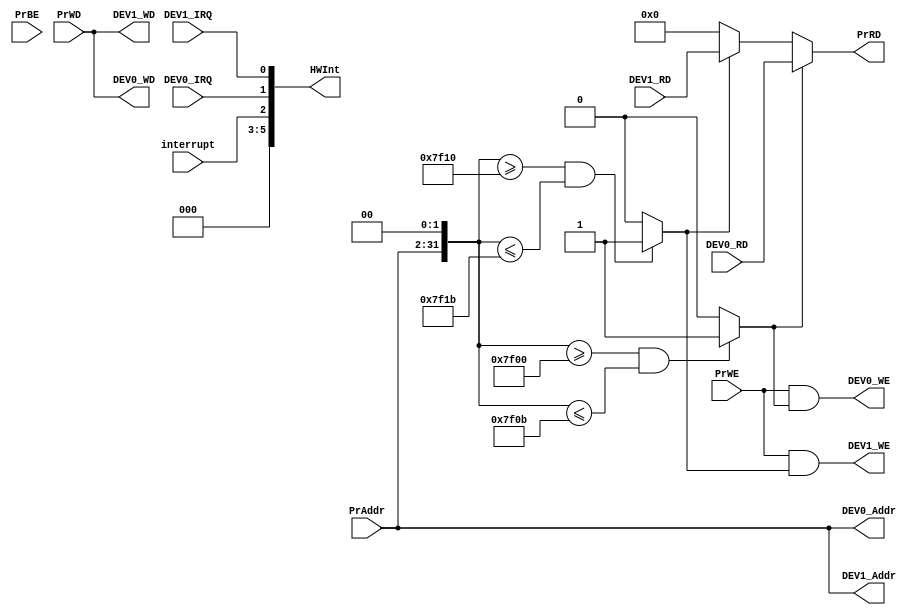
`timescale 1ns / 1ps
//////////////////////////////////////////////////////////////////////////////////
// Company: 
// Engineer: 
// 
// Design Name: 
// Module Name:    Bridge 
// Project Name: 
// Target Devices: 
// Tool versions: 
// Description: 
//
// Dependencies: 
//
// Revision: 
// Revision 0.01 - File Created
// Additional Comments: 
//
//////////////////////////////////////////////////////////////////////////////////
module Bridge(
    //cpu->timer
    input wire [31:2] PrAddr,
	 input wire [31:0] PrWD,
	 input wire PrWE,	
	 input wire [3:0] PrBE,
	 output wire [31:2] DEV0_Addr,
	 output wire [31:2] DEV1_Addr,
	 output wire [31:0] DEV0_WD,
	 output wire [31:0] DEV1_WD,
	 output wire DEV0_WE,
	 output wire DEV1_WE,
    
    //timer->cpu	 
	 input wire [31:0] DEV0_RD,
	 input wire [31:0] DEV1_RD,
	 input wire DEV0_IRQ,
	 input wire DEV1_IRQ,
	 input wire interrupt,
	 output wire [31:0] PrRD,
	 output wire [7:2] HWInt
    );
	 
	 assign DEV0_Addr = PrAddr;
	 assign DEV1_Addr = PrAddr;
	 assign DEV0_WD = PrWD;
	 assign DEV1_WD = PrWD;
	 
	 //DEV0 00007F00-00007F0B 
	 //DEV1 00007F10-00007F1B 
	 wire timer0_work; 
	 assign timer0_work = (({PrAddr,2'b00}>=32'h00007f00)&&({PrAddr,2'b00}<=32'h00007f0b)) ? 1:0;
	 wire timer1_work;
	 assign timer1_work = (({PrAddr,2'b00}>=32'h00007f10)&&({PrAddr,2'b00}<=32'h00007f1b)) ? 1:0;
	 
	 assign DEV0_WE = PrWE&&timer0_work;
	 assign DEV1_WE = PrWE&&timer1_work;
	 
	 assign PrRD = (timer0_work)?DEV0_RD:
	               (timer1_work)?DEV1_RD:
						0;
	 assign HWInt = {3'b0,interrupt,DEV0_IRQ,DEV1_IRQ};


endmodule